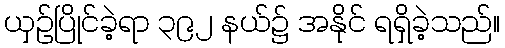
ယှဉ်ပြိုင်ခဲ့ရာ ၃၉၂ နယ်၌ အနိုင် ရရှိခဲ့သည်။